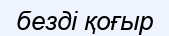
безді қоғыр